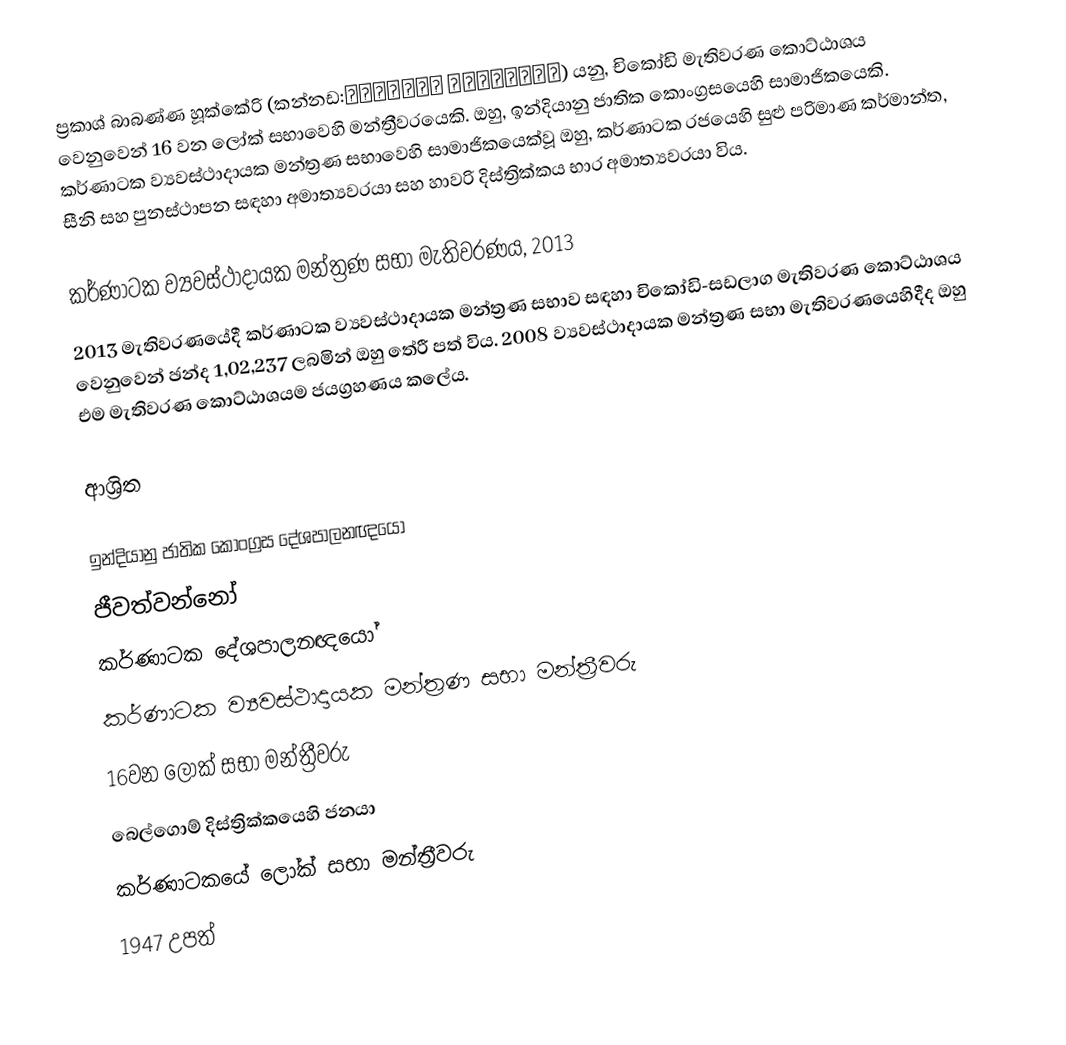
ප්‍රකාශ් බාබණ්ණ හූක්කේරි (කන්නඩ:ಪ್ರಕಾಶ್ ಹುಕ್ಕೇರಿ) යනු,  චිකෝඩි මැතිවරණ කොට්ඨාශය වෙනුවෙන් 16 වන ලෝක් සභාවෙහි මන්ත්‍රීවරයෙකි. ඔහු,  ඉන්දියානු ජාතික කොංග්‍රසයෙහි සාමාජිකයෙකි.  කර්ණාටක ව්‍යවස්ථාදායක මන්ත්‍රණ සභාවෙහි සාමාජිකයෙක්වූ ඔහු, කර්ණාටක රජයෙහි සුළු පරිමාණ කර්මාන්ත,  සීනි සහ පුනස්ථාපන සඳහා අමාත්‍යවරයා සහ  හාවරි දිස්ත්‍රික්කය භාර අමාත්‍යවරයා විය.

කර්ණාටක ව්‍යවස්ථාදායක මන්ත්‍රණ සභා මැතිවරණය, 2013
2013 මැතිවරණයේදී කර්ණාටක ව්‍යවස්ථාදායක මන්ත්‍රණ සභාව සඳහා චිකෝඩි-සඩලාග මැතිවරණ කොට්ඨාශය වෙනුවෙන් ඡන්ද 1,02,237 ලබමින් ඔහු තේරී පත් විය.  2008 ව්‍යවස්ථාදායක මන්ත්‍රණ සභා මැතිවරණයෙහිදීද ඔහු එම මැතිවරණ කොට්ඨාශයම ජයග්‍රහණය කලේය.

ආශ්‍රිත

ඉන්දියානු ජාතික කොංග්‍රස දේශපාලනඥයෝ
ජීවත්වන්නෝ
කර්ණාටක දේශපාලනඥයෝ
කර්ණාටක ව්‍යවස්ථාදායක මන්ත්‍රණ සභා මන්ත්‍රීවරු
16වන ලෝක් සභා මන්ත්‍රීවරු
 බෙල්ගොම් දිස්ත්‍රික්කයෙහි ජනයා
කර්ණාටකයේ ලෝක් සභා මන්ත්‍රීවරු
1947 උපත්